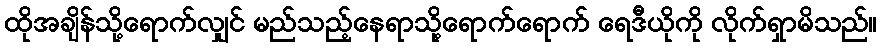
ထိုအချိန်သို့ရောက်လျှင် မည်သည့်နေရာသို့ရောက်ရောက် ရေဒီယိုကို လိုက်ရှာမိသည်။